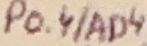
Text: P0.4/AD4